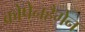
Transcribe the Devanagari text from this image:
कोपेनहैगेन